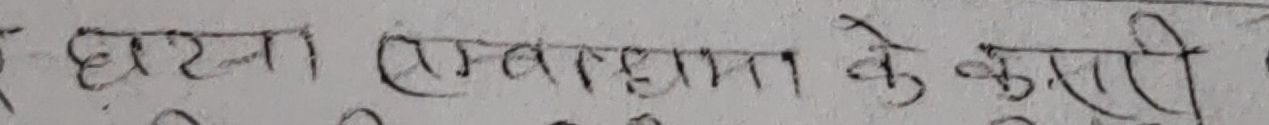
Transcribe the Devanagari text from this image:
घटना एवम् आत्महत्या के कारण